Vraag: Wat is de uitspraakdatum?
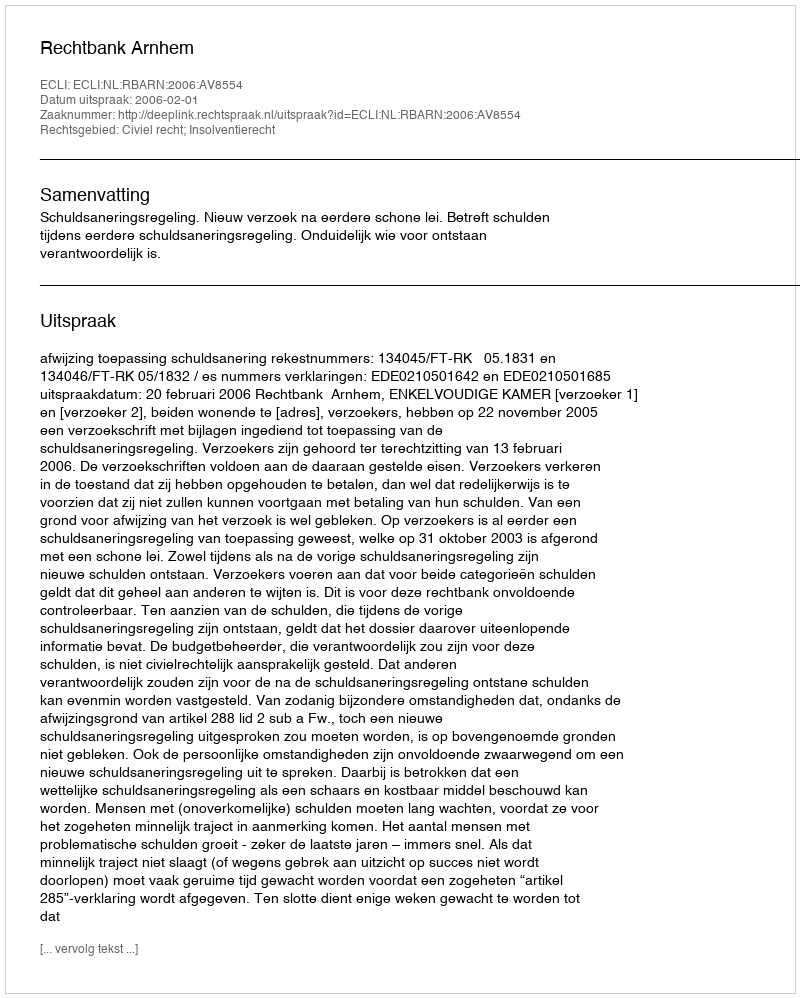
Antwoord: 2006-02-01